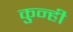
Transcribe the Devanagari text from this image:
कुन्ही